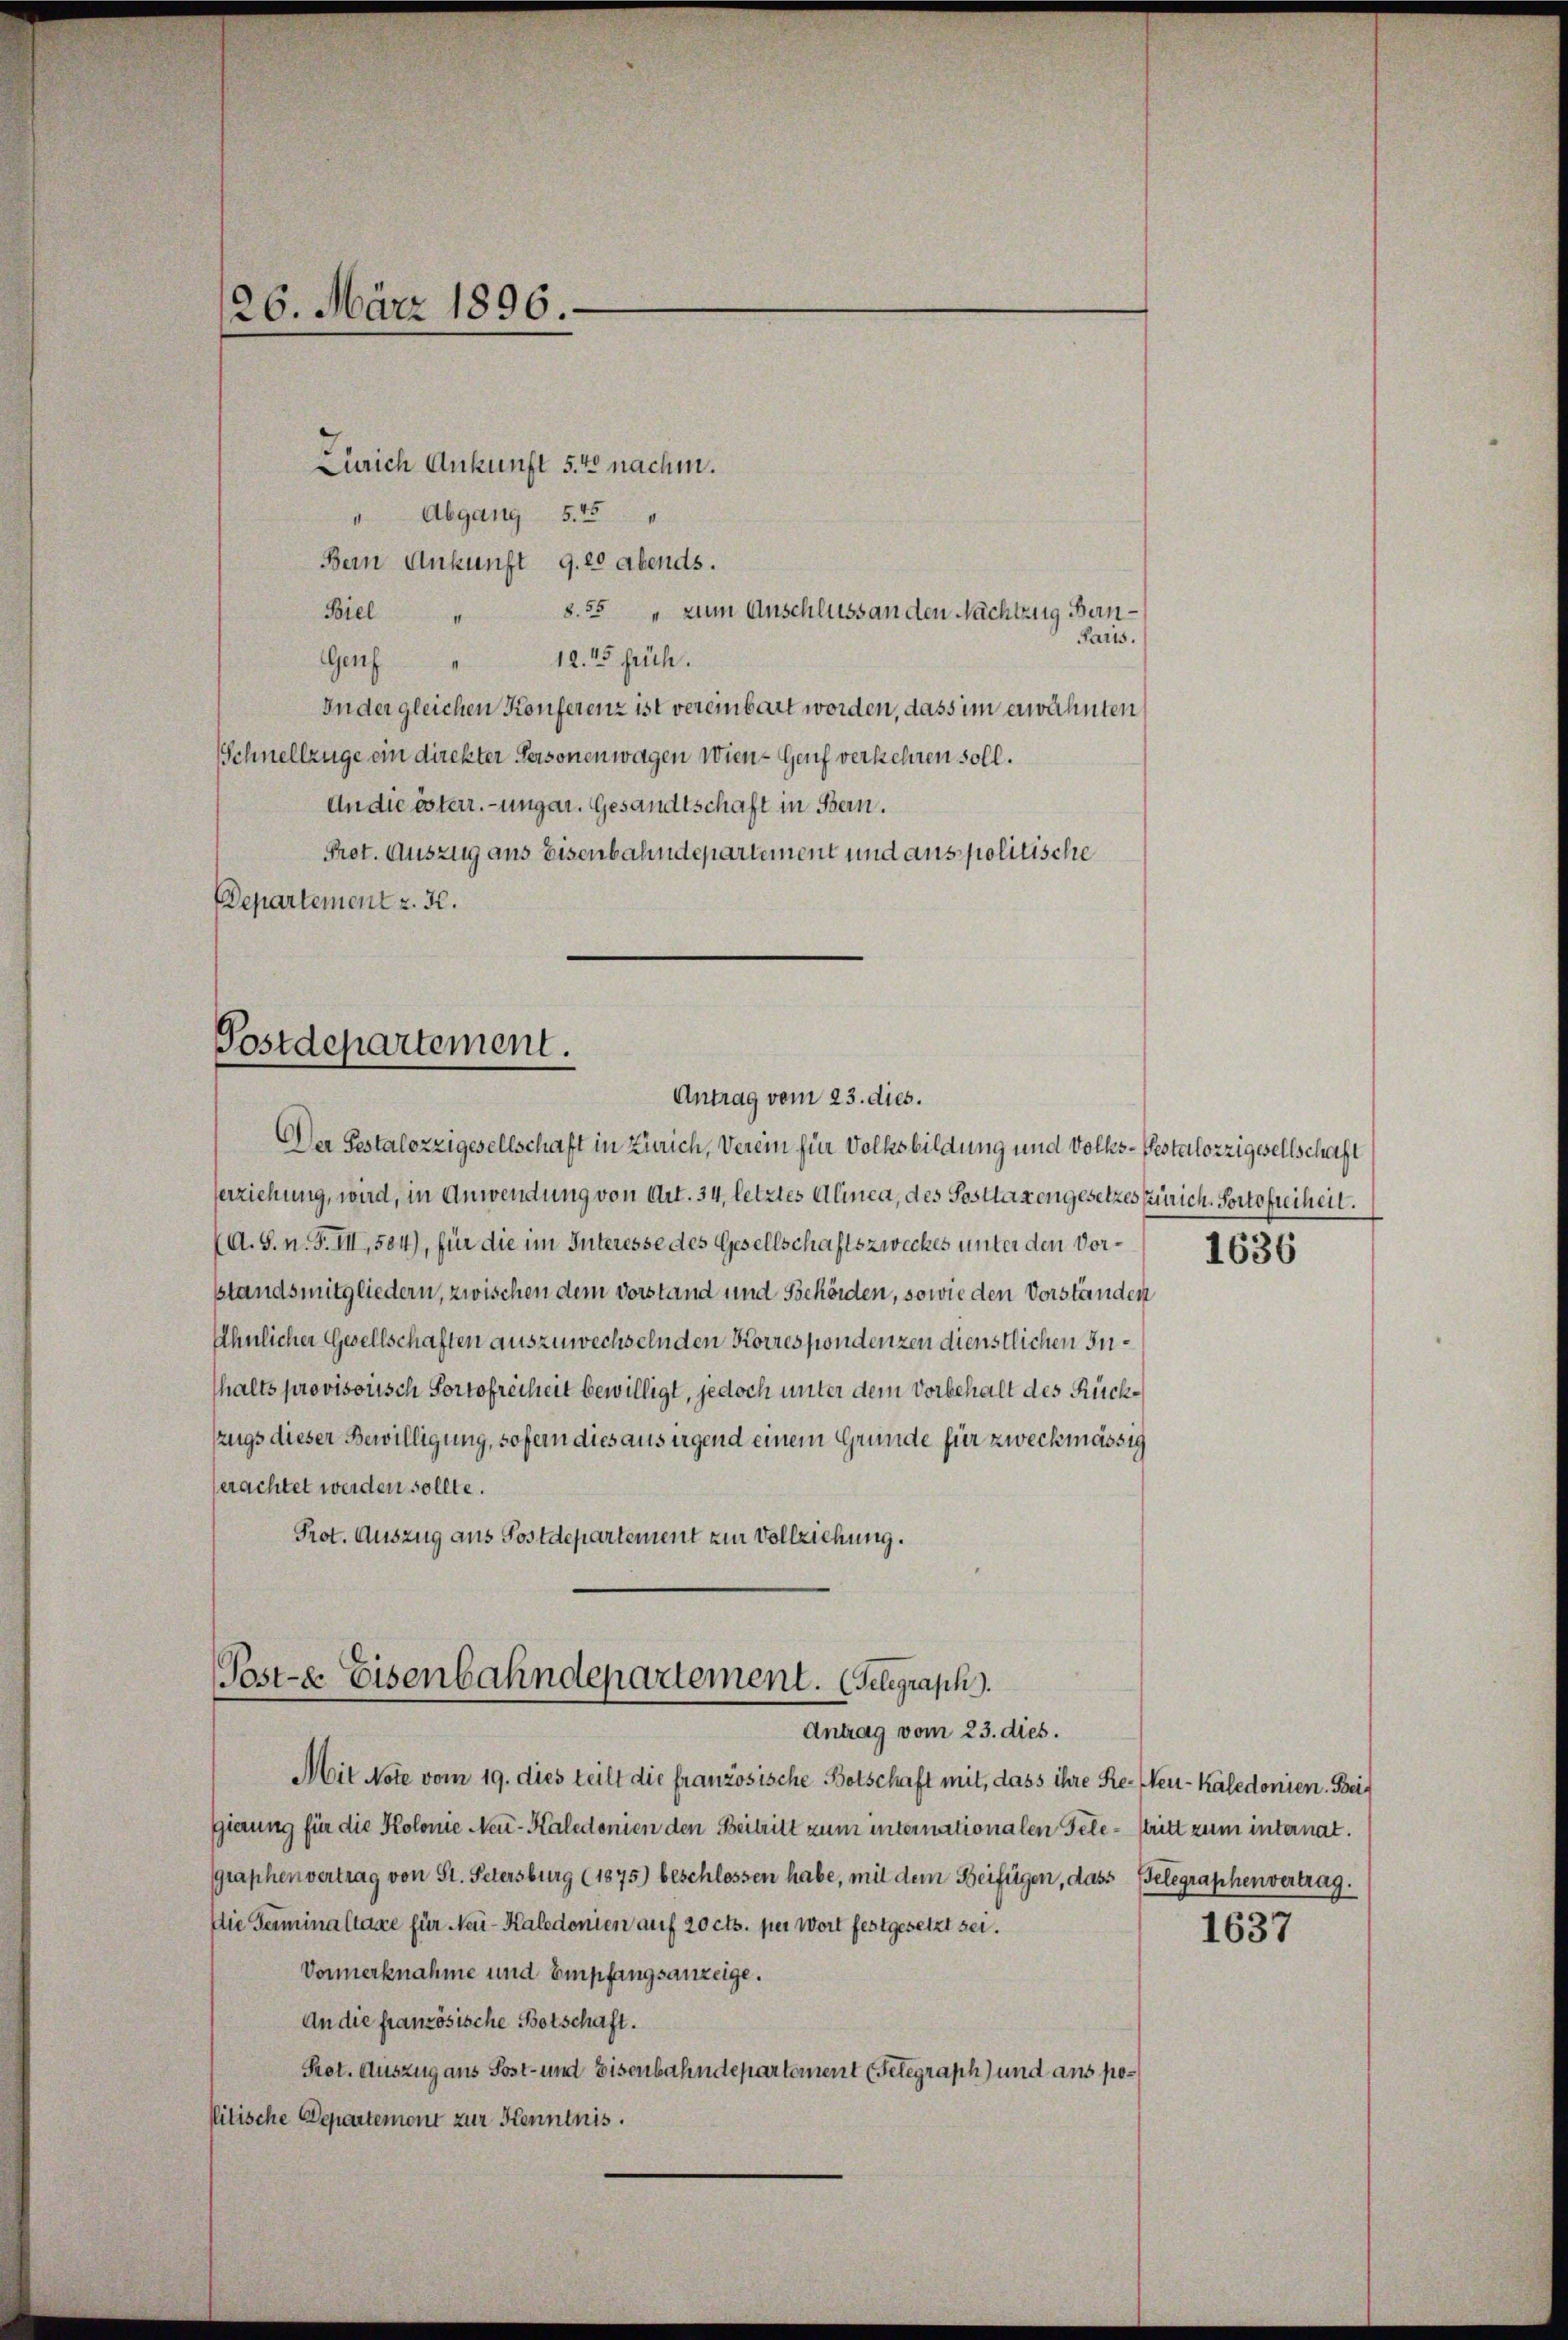
26. März 1896.
Zürich Ankunft 54 nachm.

" Abgang 545 "
Bern Ankunft 9. 20 abends.
Biel " S.55 " zum Anschluss anden Nachtzug Ben¬
Paris.
12. 45 früh.
Genf
Inder gleichen Konferenz ist vereinbart worden, dass im erwähnten
Schnellzüge ein direkter Personenwagen Wien Genf verkehren soll.
An die österr.-ungar. Gesandtschaft in Bern.
Pret. Auszug aus Eisenbahndepartement und anspolitische
Departement z. 32.
Der Gestalozzigesellschaft in Zürich, Verein für Volksbildung und Volks-Restalozzigesellschaft
Verziehung, wird, in Anwendung von Art. 34, letztes Alinea, des Posttaxengesetzes Zürich, Portofreiheit.
(A. S. n. F. III, 504), für die im Interesse des Gesellschaftszweckes unter den Vor- 1636
standsmitgliedern, zwischen dem Vorstand und Behörden, sowie den Vorständen
Ähnlicher Gesellschaften auszuwechselnden Korrespondenzen dienstlichen Inthalts provisorisch Portofreiheit bewilligt, jedoch unter dem Vorbehalt des Rück¬
Zzugs dieser Bewilligung, sofern dies aus irgend einem Grunde für zweckmässig
erachtet werden sollte.
Prot. Auszug aus Postdepartement zur Vollziehung.
Post-E. Eisenbahndepartement. (Gelegraph.

Postdepartement.
Antrag vom 23. dies.

Antrag vom 23. dies.

Mit Note vom 19. dies teilt die französische Botschaft mit, dass ihre Resten-Kaledonien. Beigierung für die Kolonie Neu-Kaledonien den Beitritt zum internationalen Tele¬ stritt zum internat.
graphenvertrag von St. Petersburg (1875) beschlossen habe, mit dem Beifügen, dass Belegraphenvertrag.
Die Terminaltaxe für Nei-Kaledonien auf 20 cts. per Wort festgesetzt sei.
Vonmerknahme und Empfangsanzeige.
An die französische Botschaft.
Prot. Auszug aus Sost- und Eisenbahndepartement (Telegraph) und aus politische Departemont zur Kenntnis.

1637